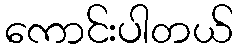
ကောင်းပါတယ်